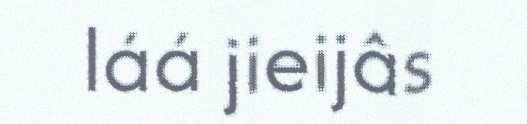
láá jieijâs